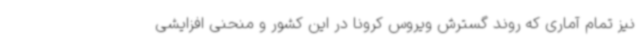
نیز تمام آماری که روند گسترش ویروس کرونا در این کشور و منحنی افزایشی